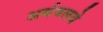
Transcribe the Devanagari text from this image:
अर्थवलये